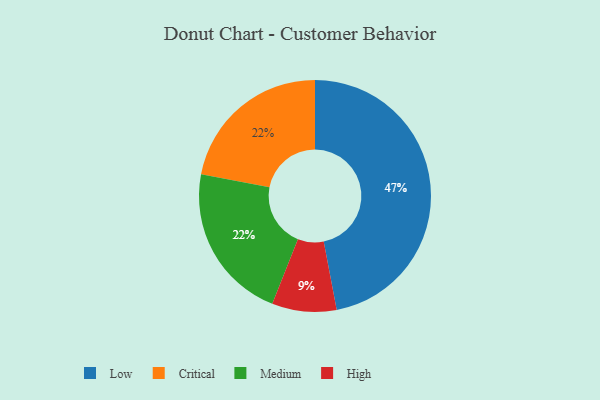
{"axis": {"x": "Category", "y": "Percentage"}, "legend": ["Critical", "High", "Low", "Medium"], "data": [{"x": "High", "y": 9, "type": "High"}, {"x": "Low", "y": 47, "type": "Low"}, {"x": "Critical", "y": 22, "type": "Critical"}, {"x": "Medium", "y": 22, "type": "Medium"}]}